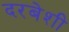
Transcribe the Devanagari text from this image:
दरबेशी